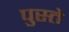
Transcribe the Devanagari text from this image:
पुस्ते